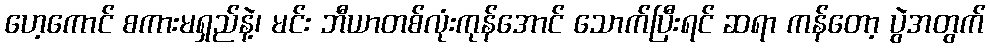
ဟေ့ကောင် စကားမရှည်နဲ့၊ မင်း ဘီယာတစ်လုံးကုန်အောင် သောက်ပြီးရင် ဆရာ ကန်တော့ ပွဲအတွက်